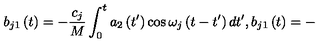
b _ { j 1 } \left( t \right) = - \frac { c _ { j } } M \int _ { 0 } ^ { t } a _ { 2 } \left( t ^ { \prime } \right) \cos \omega _ { j } \left( t - t ^ { \prime } \right) d t ^ { \prime } , b _ { j 1 } \left( t \right) = -